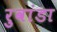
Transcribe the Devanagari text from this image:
रुवांडा